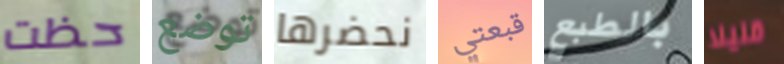
حظت توضع نحضرها قبعتي بالطبع قليلا